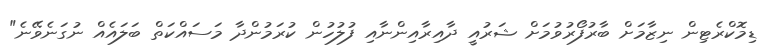
ޑިމޮކްރެޓިން ނިޒާމަށް ބާރުފޯރުވުމަށް ޝަރުއީ ދާއިރާއިންނާއި ފުލުހުން ކުރަމުންދާ މަސައްކަތް ބަލައެއް ނުގަނެވޭނެ"